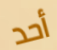
أحد